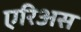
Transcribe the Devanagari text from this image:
एरिअस